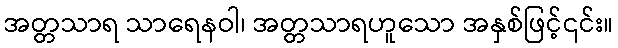
အတ္တသာရ သာရေနဝါ၊ အတ္တသာရဟူသော အနှစ်ဖြင့်၎င်း။